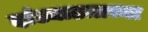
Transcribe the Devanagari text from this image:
दांड्याडय़ाच्या